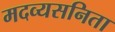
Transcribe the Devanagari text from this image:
मदव्यसनिता